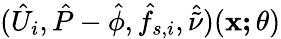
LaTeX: (\hat{U}_{i},\hat{P}-\hat{\phi},\hat{f}_{s,i},\hat{\tilde{\nu}})(\mathbf{x;\theta})